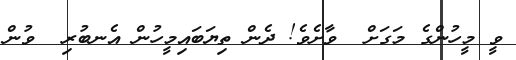
ވީ މީހުންގެ މަގަށް  ވާށެވެ! ދެން ތިޔަބައިމީހުން އެނބުރި  ވުން